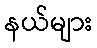
နယ်များ